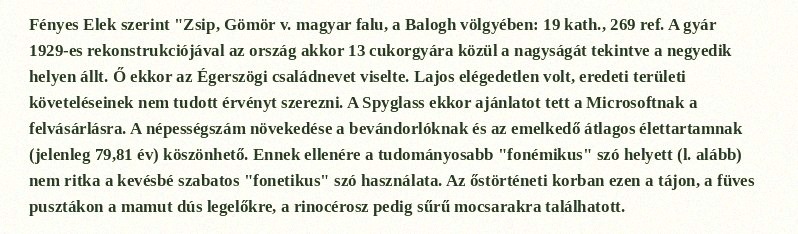
Fényes Elek szerint "Zsip, Gömör v. magyar falu, a Balogh völgyében: 19 kath., 269 ref. A gyár 1929-es rekonstrukciójával az ország akkor 13 cukorgyára közül a nagyságát tekintve a negyedik helyen állt. Ő ekkor az Égerszögi családnevet viselte. Lajos elégedetlen volt, eredeti területi követeléseinek nem tudott érvényt szerezni. A Spyglass ekkor ajánlatot tett a Microsoftnak a felvásárlásra. A népességszám növekedése a bevándorlóknak és az emelkedő átlagos élettartamnak (jelenleg 79,81 év) köszönhető. Ennek ellenére a tudományosabb "fonémikus" szó helyett (l. alább) nem ritka a kevésbé szabatos "fonetikus" szó használata. Az őstörténeti korban ezen a tájon, a füves pusztákon a mamut dús legelőkre, a rinocérosz pedig sűrű mocsarakra találhatott.